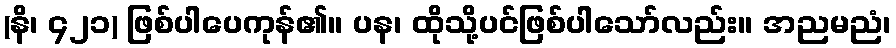
(နိ၊ ၄၂၁) ဖြစ်ပါပေကုန်၏။ ပန၊ ထိုသို့ပင်ဖြစ်ပါသော်လည်း။ အညမညံ၊